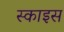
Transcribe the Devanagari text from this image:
स्काइस